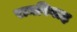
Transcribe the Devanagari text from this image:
रामविवाह